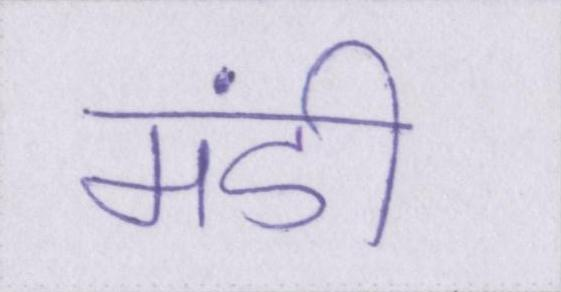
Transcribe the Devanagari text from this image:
मंडी